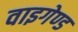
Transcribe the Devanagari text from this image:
वाइगेण्ड